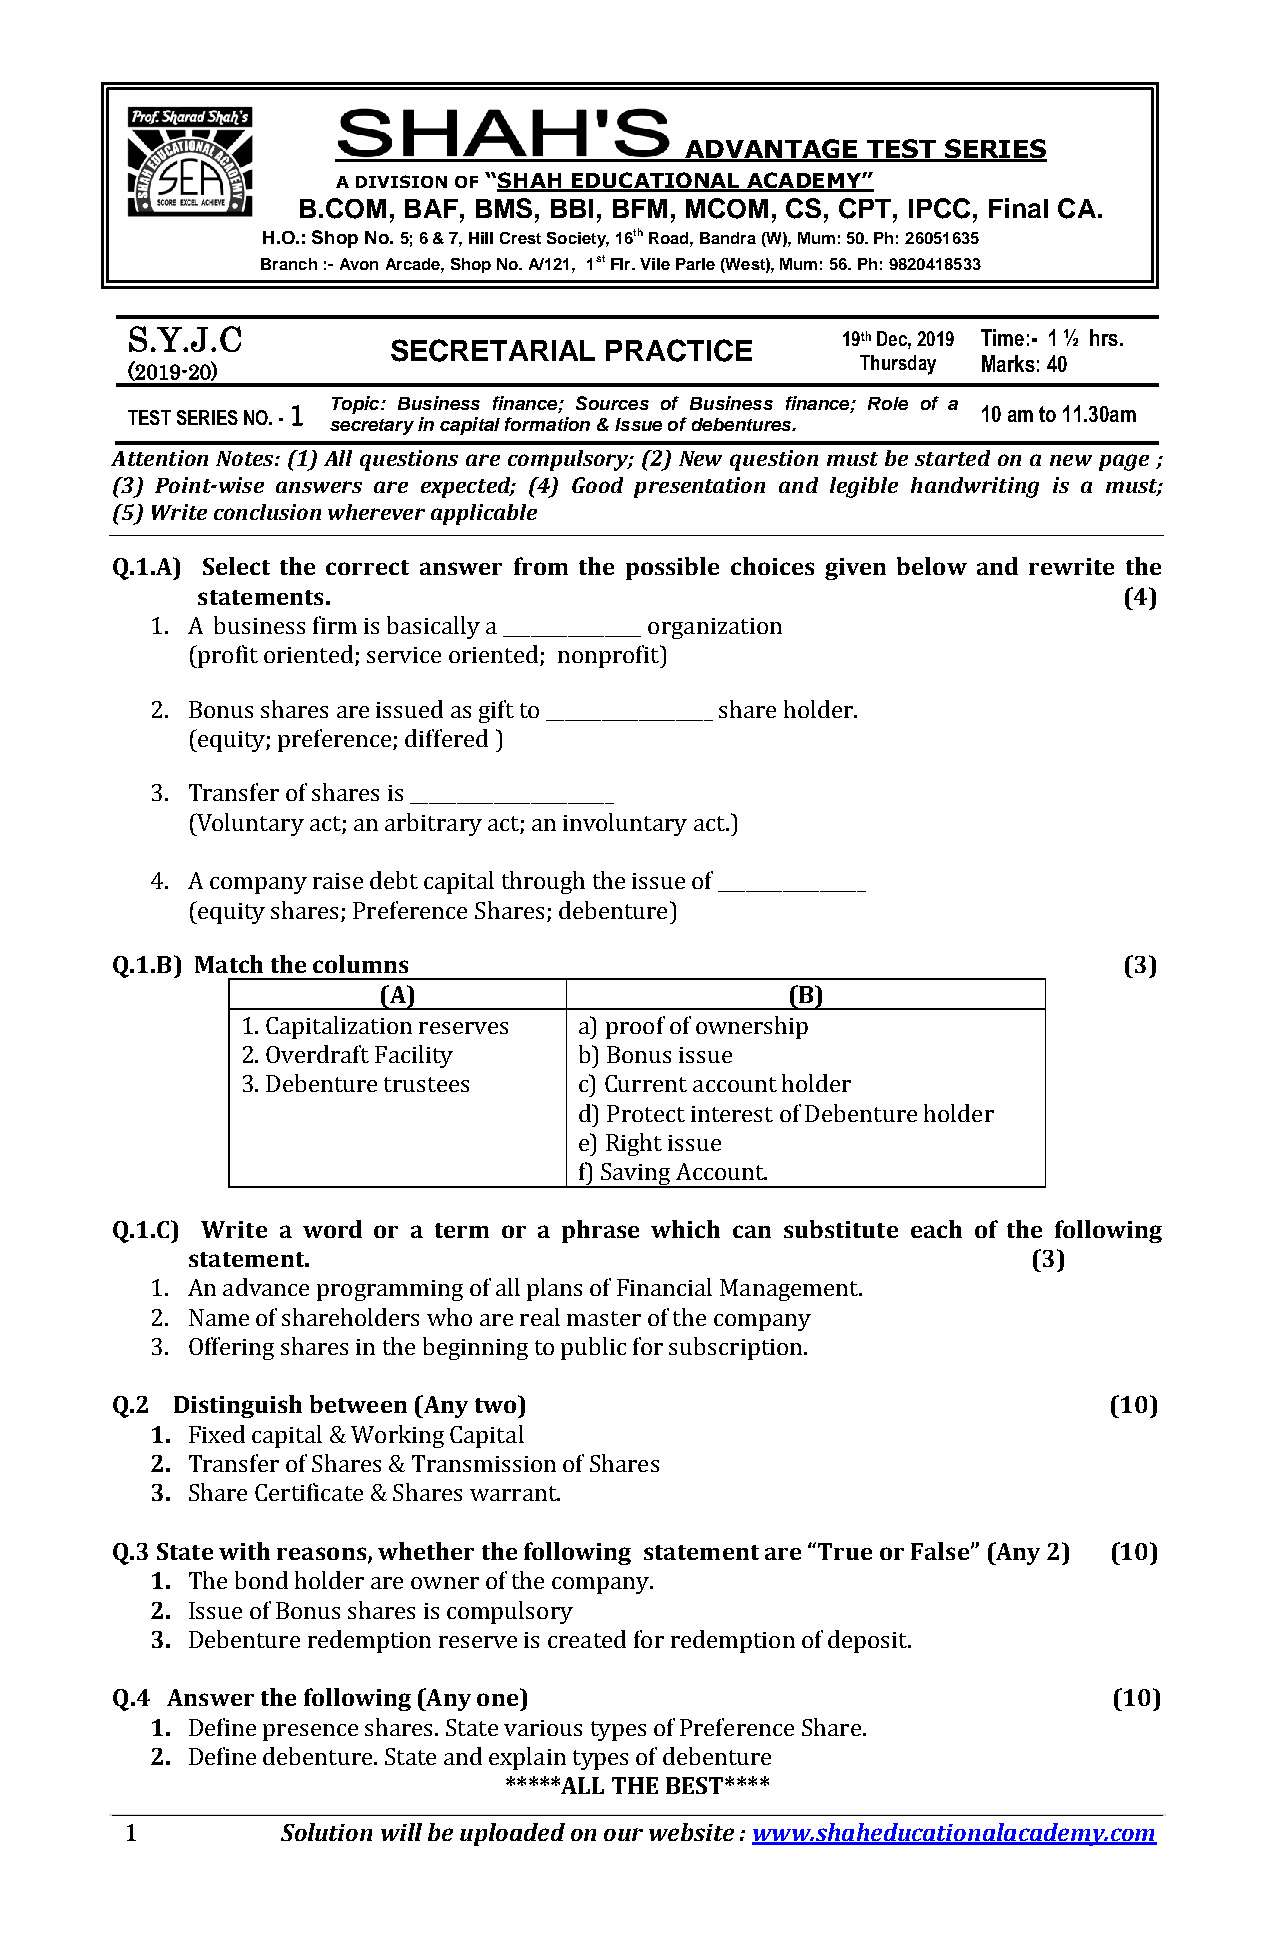
www.shaheducationalacademy.com                        S.P.- Unit Test – 1
 ADVANTAGE   TEST  SERIES
 A DIVISION OF “SHAH EDUCATIONAL ACADEMY”
 B.COM, BAF, BMS, BBI, BFM, MCOM, CS, CPT, IPCC, Final CA.
 H.O.: Shop No. 5; 6 & 7, Hill Crest Society, 16th Road, Bandra (W), Mum: 50. Ph: 26051635
 Branch :- Avon Arcade, Shop No. A/121, 1st Flr. Vile Parle (West), Mum: 56. Ph: 9820418533
 S.Y.J.C                                         19th Dec, 2019 Time:- 1 ½ hrs.
 SECRETARIAL   PRACTICE
 (2019-20)
 Thursday Marks: 40
 Topic: Business finance; Sources of Business finance; Role of a
 TEST SERIES NO. - 1
 secretary in capital formation & Issue of debentures.
 10 am to 11.30am
 Attention Notes: (1) All questions are compulsory; (2) New question must be started on a new page ;
 (3) Point-wise answers are expected; (4) Good presentation and legible handwriting is a must;
 (5) Write conclusion wherever applicable
 Q.1.A) Select the correct answer from the possible choices given below and rewrite the
 statements.                                                  (4)
 1. A business firm is basically a _______________ organization
 (profit oriented; service oriented; nonprofit)
 2. Bonus shares are issued as gift to __________________ share holder.
 (equity; preference; differed )
 3. Transfer of shares is ______________________
 (Voluntary act; an arbitrary act; an involuntary act.)
 4. A company raise debt capital through the issue of ________________
 (equity shares; Preference Shares; debenture)
 Q.1.B) Match the columns                                           (3)
 (A)                        (B)
 1. Capitalization reserves a) proof of ownership
 2. Overdraft Facility b) Bonus issue
 3. Debenture trustees c) Current account holder
 d) Protect interest of Debenture holder
 e) Right issue
 f) Saving Account.
 Q.1.C) Write a word or a term or a phrase which can substitute each of the following
 statement.                                              (3)
 1. An advance programming of all plans of Financial Management.
 2. Name of shareholders who are real master of the company
 3. Offering shares in the beginning to public for subscription.
 Q.2 Distinguish between (Any two)                                 (10)
 1. Fixed capital & Working Capital
 2. Transfer of Shares & Transmission of Shares
 3. Share Certificate & Shares warrant.
 Q.3 State with reasons, whether the following statement are “True or False” (Any 2) (10)
 1. The bond holder are owner of the company.
 2. Issue of Bonus shares is compulsory
 3. Debenture redemption reserve is created for redemption of deposit.
 Q.4 Answer the following (Any one)                                 (10)
 1. Define presence shares. State various types of Preference Share.
 2. Define debenture. State and explain types of debenture
 *****ALL THE BEST****
 1          Solution will be uploaded on our website : www.shaheducationalacademy.com